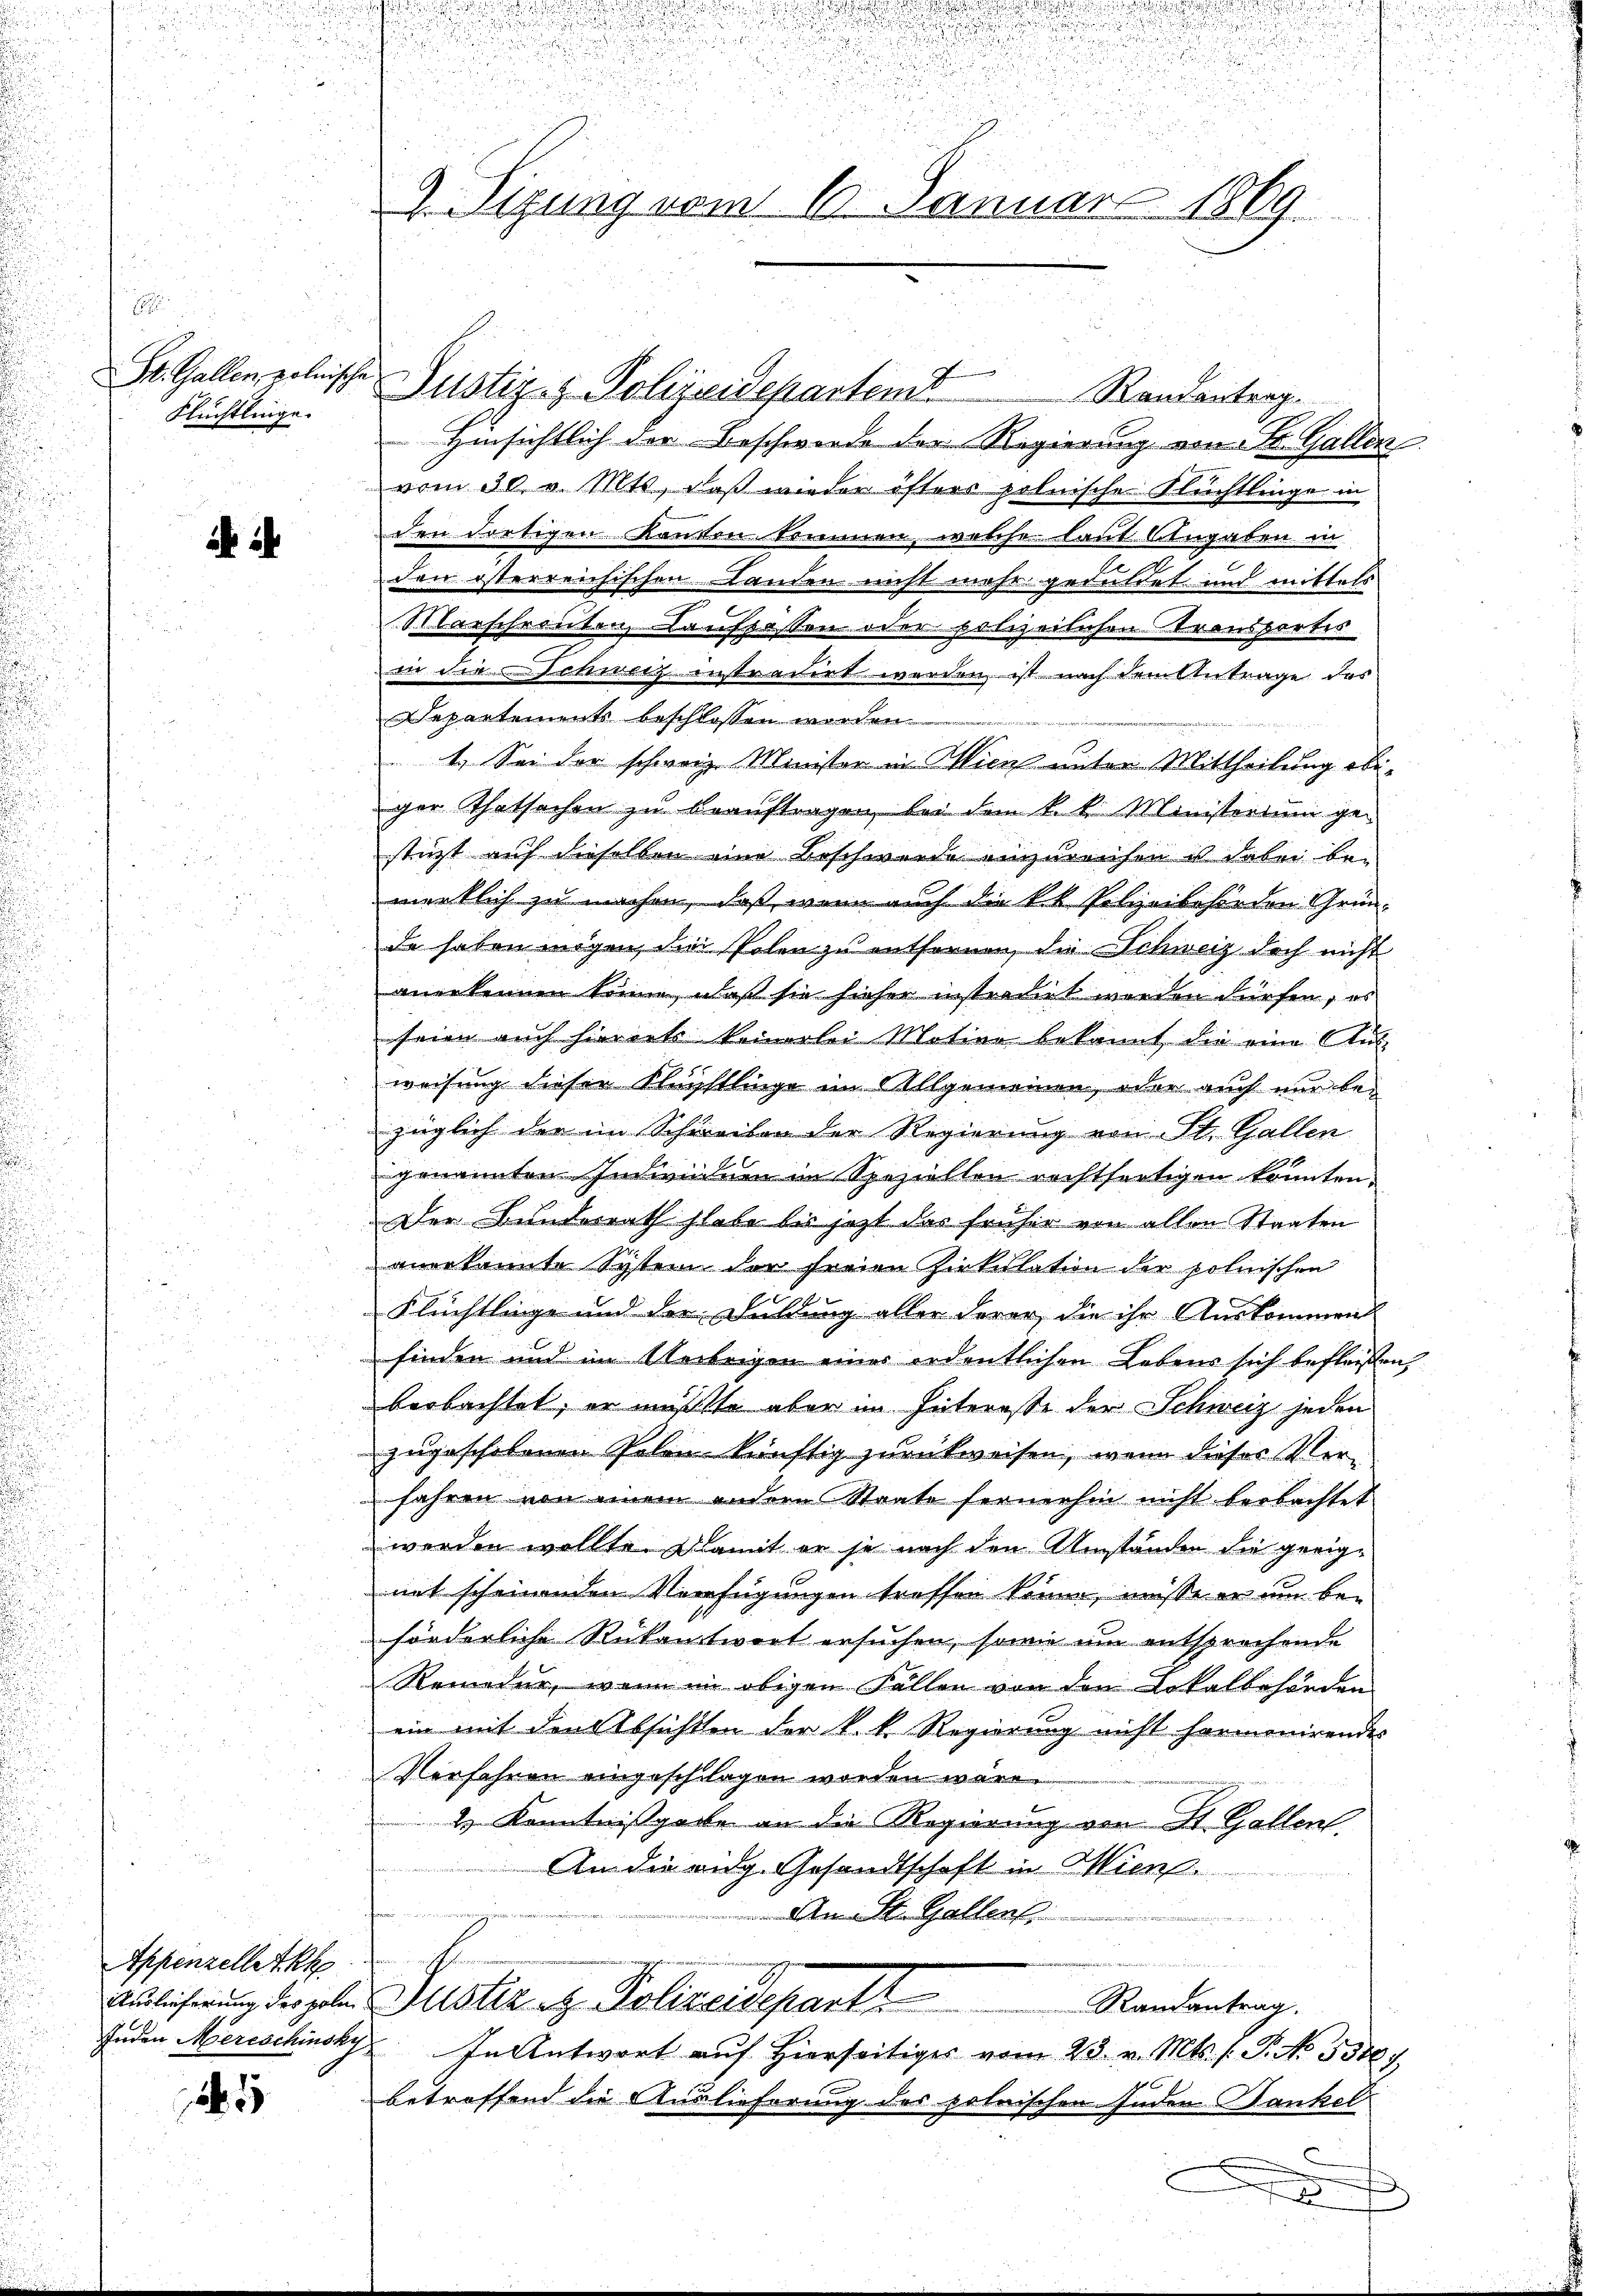
St. Gallen polnische
Flüchtlinge.

i i

Appenzellet h

5

n

9. Sitzung vom 6. Januar 1869

Justiz & Polizeidepartem

vom 30. v. Mts, daß wieder öfters polnische Flüchtlinge in
den dortigen Kanton trinnen, welche laut Angaben in
z
den österreichischen Landen nicht mehr geduldet und mittels
g
Marschreiben, Kauflassen oder polizeilichen Transportes
in die Schweiz instradirt werden, ist nach dem Antrage des
Departements beschlossen worden.

1. Sei der schweiz. Minister in Wien unter Mittheilung obiger Thatsachen zu beauftragen, bei dem k. k. Ministerium ge-
stüzt auf dieselben eine Beschwerde einzureichen u dabei bei
wirklich zu machen, daß wenn auch die kk. Polizeibehörden Grün-
de haben mögen, die Polen zu entfernen, die Schweiz doch nicht
anerkennen könne, daß sie hieher instradirt werden dürfen, es
seien auch hierorts keinerlei Motion bekannt die eine Aus-
weisung dieser Flüchtlinge im Allgemeinen, oder auch nur be-
züglich der im Schreiben der Regierung von St. Gallen
genannten Individuen im Speziellen rechtfertigen könnten.
Der Bunderrath habe bis jetzt das früher von allen Staaten
anerkannte System der freien Zirkulation der polnischen
Flüchtlinge und der Füllung aller derer, die ihr Auskommen
finden und im Verbrigen eines ordentlichen Lebens sich befleißen,
beobachtet, er mußte aber im Interesse der Schweiz jeden
zugeschehenen Polen künftig zurückweisen, wenn dieses Verfahren von einem andern Staate fernehm nicht beobachtet
werden wollte. Damit er je nach den Umständen die geeigmit scheinenden Verfügungen treffen könne, müsse er um be-
förderliche Rükantwort ersuchen, sowie um entsprechende
Remedur, wenn im obigen Fällen von den Lokalbehörden
ein mit den Absichten der k. k. Regierung nicht harmonirendes
Verfahren eingeschlagen worden wäre.
2) Kenntnißgabe an die Regierung von St. Gallen.
An die eidg. Gesandtschaft in Mien
n
An St. Gallen.
n
Aulicherung der gelei Gester z. Polizeideparte
Randantrag.
Inden Merischinsky  In Antwort auf hierseitiges vom 23. v. Mts. f. P. No 33007
betroffend die Auslieferung des polnischen Enden Bankel

Randantrag
Hinsichtlich der Beschwerde der Regierung von St. Gallen